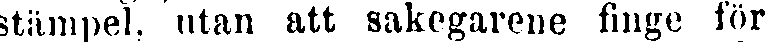
stämpel, utan att sakegarene finge för